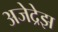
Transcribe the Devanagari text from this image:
अजेद्रेझ